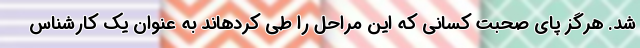
شد. هرگز پای صحبت کسانی که این مراحل را طی کردهاند به عنوان یک کارشناس